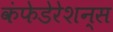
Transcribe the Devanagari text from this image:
कंफेडेरेशन्स